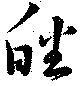
皤